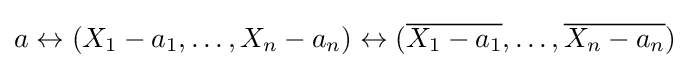
a\leftrightarrow (X_{1}-a_{1},\dots ,X_{n}-a_{n})\leftrightarrow ({\overline {X_{1}-a_{1}}},\dots ,{\overline {X_{n}-a_{n}}})